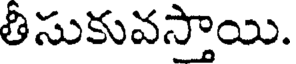
తీసుకువస్తాయి.